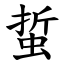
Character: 蜇